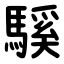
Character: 騱